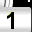
Digit: 1